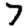
Digit: 7